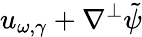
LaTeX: u_{\omega,\gamma}+\nabla^{\perp}\tilde{\psi}